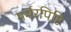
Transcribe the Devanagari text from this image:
मर्मरपिष्टि